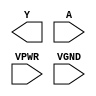
module sky130_fd_sc_hs__bufinv (
    Y   ,
    A   ,
    VPWR,
    VGND
);

    output Y   ;
    input  A   ;
    input  VPWR;
    input  VGND;
endmodule